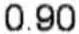
0.90